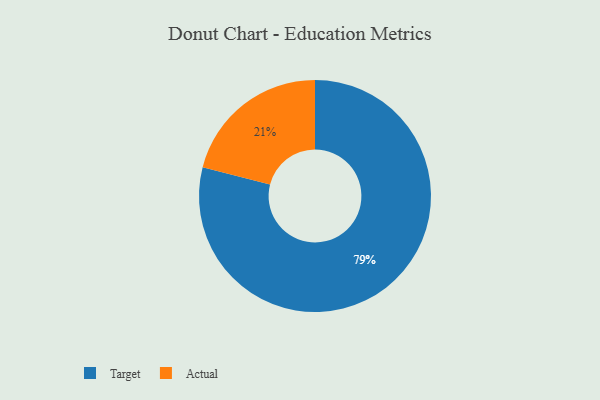
{"axis": {"x": "Category", "y": "Percentage"}, "legend": ["Actual", "Target"], "data": [{"x": "Actual", "y": 21, "type": "Actual"}, {"x": "Target", "y": 79, "type": "Target"}]}